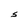
Character: S